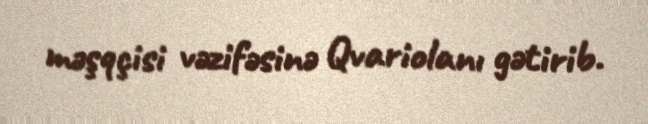
məşqçisi vəzifəsinə Qvariolanı gətirib.